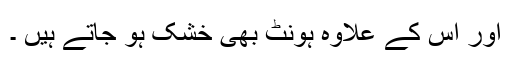
اور اس کے علاوہ ہونٹ بھی خشک ہو جاتے ہیں ۔